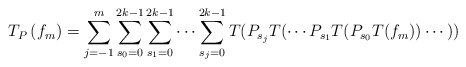
\begin{align*}T_{P}\left( f_{m}\right)=\sum_{j=-1}^{m}\sum_{s_{0}=0}^{2k-1}\sum_{s_{1}=0}^{2k-1} \dots\sum_{s_{j}=0}^{2k-1}T(P_{s_{j}}T(\cdots P_{s_{1}}T(P_{s_{0}}T(f_{m}))\cdots)) \end{align*}